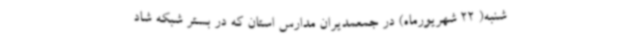
شنبه( 22 شهریورماه) در جمعمدیران مدارس استان که در بستر شبکه شاد